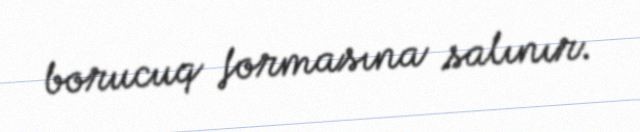
borucuq formasına salınır.